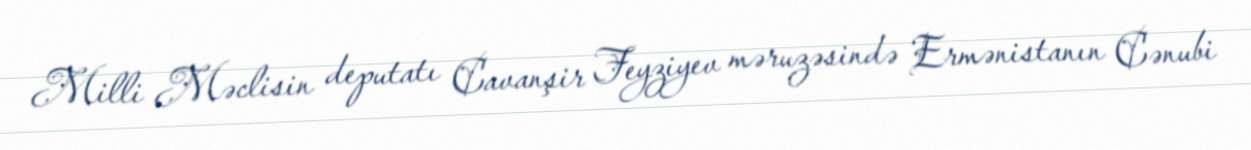
Milli Məclisin deputatı Cavanşir Feyziyev məruzəsində Ermənistanın Cənubi